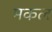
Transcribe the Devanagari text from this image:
मकल